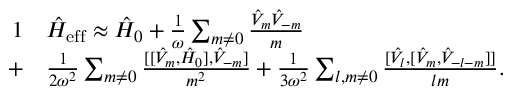
\begin{array} { r l } { { 1 } } & { \hat { H } _ { \mathrm { e f f } } \approx \hat { H } _ { 0 } + \frac { 1 } { \omega } \sum _ { m \neq 0 } \frac { \hat { V } _ { m } \hat { V } _ { - m } } { m } } \\ { + } & { \frac { 1 } { 2 \omega ^ { 2 } } \sum _ { m \neq 0 } \frac { [ [ \hat { V } _ { m } , \hat { H } _ { 0 } ] , \hat { V } _ { - m } ] } { m ^ { 2 } } + \frac { 1 } { 3 \omega ^ { 2 } } \sum _ { l , m \neq 0 } \frac { [ \hat { V } _ { l } , [ \hat { V } _ { m } , \hat { V } _ { - l - m } ] ] } { l m } . } \end{array}